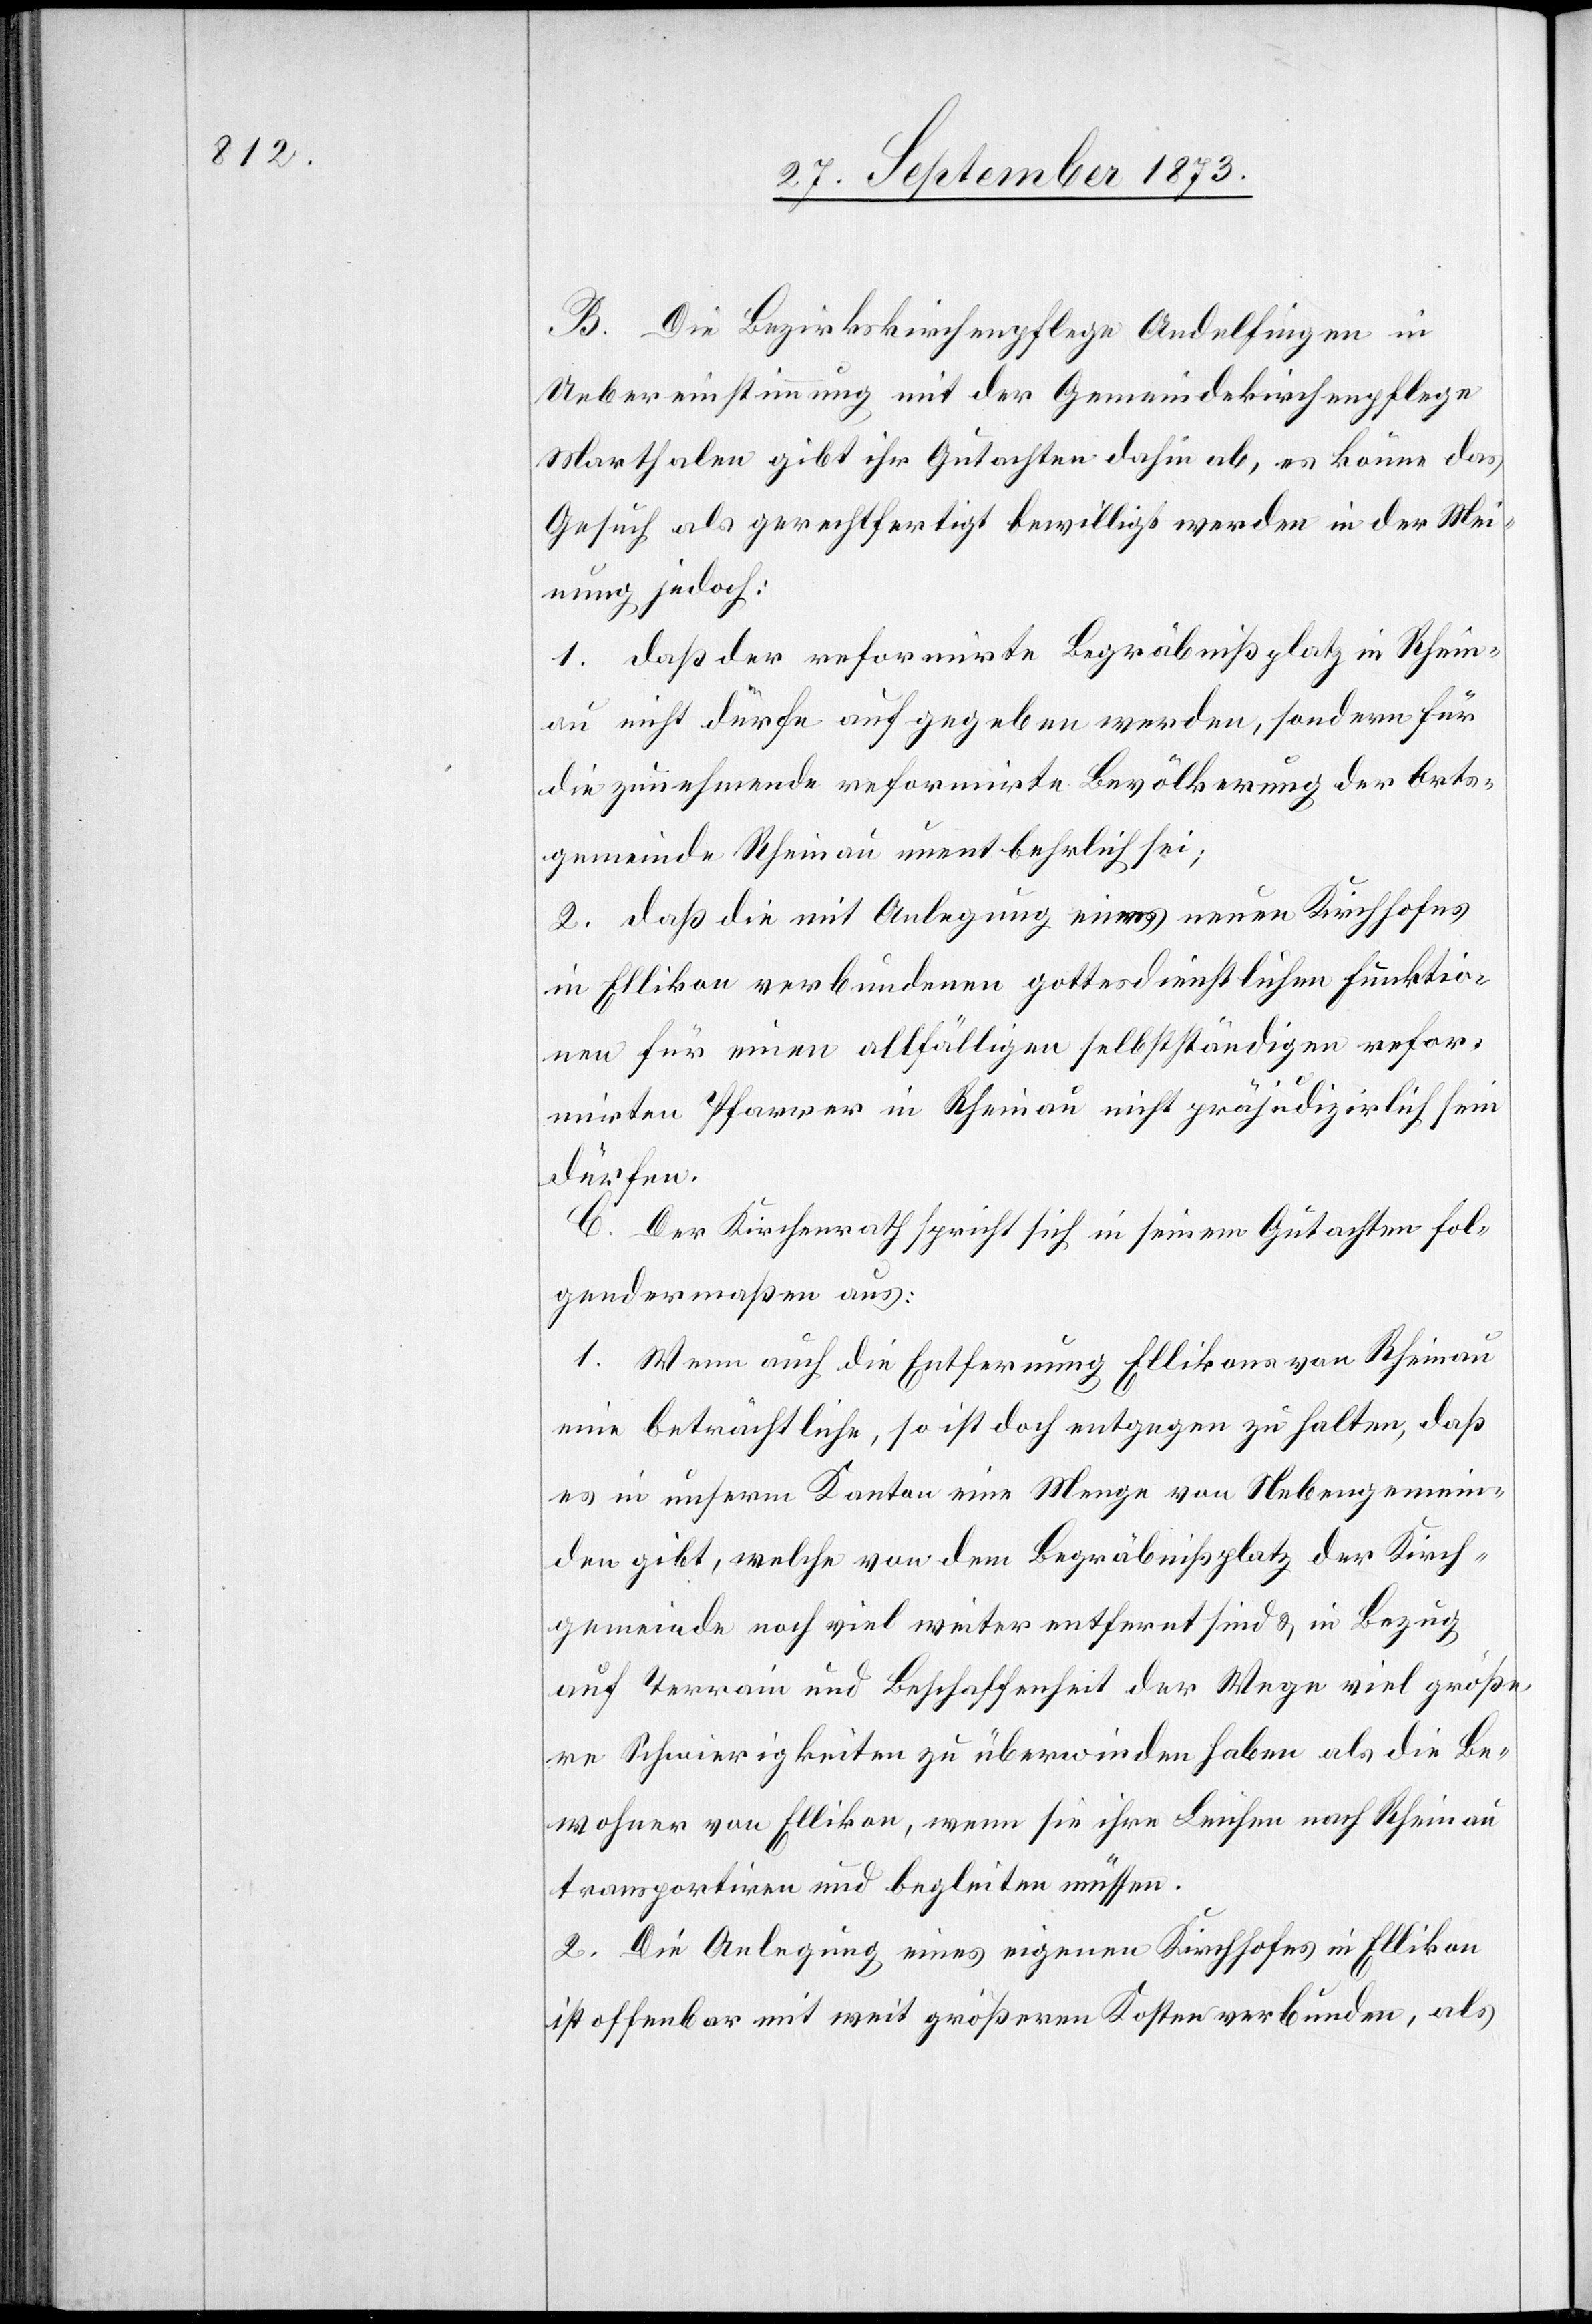
B. Die Bezirkskirchenpflege Andelfingen in
Uebereinstimmung mit der Gemeindskirchenpflege
Marthalen gibt ihr Gutachten dahin ab, es könne das
Gesuch als gerechtfertigt bewilligt werden in der Mei¬
nung jedoch:
1. daß der reformirte Begräbnißplatz in Rhein¬
au nicht dürfe aufgegeben werden, sondern für
die zunehmende reformirte Bevölkerung der Orts¬
gemeinde Rheinau unentbehrlich sei;
2. daß die mit Anlegung eines neuen Kirchhofes
in Ellikon verbundenen gottesdienstlichen Funktio¬
nen für einen allfälligen selbstständigen refor¬
mirten Pfarrer in Rheinau nicht präjudizirlich sein
dürfen.
C. Der Kirchenrath spricht sich in seinem Gutachten fol¬
gendermaßen aus:
1. Wenn auch die Entfernung Ellikons von Rheinau
eine beträchtliche, so ist doch entgegen zu halten, daß
es in unserm Kanton eine Menge von Nebengemein¬
den gibt, welche von dem Begräbnißplatz der Kirch¬
gemeinde noch viel weiter entfernt sind & in Bezug
auf Terrain und Beschaffenheit der Wege viel größe¬
re Schwierigkeiten zu überwinden haben als die Be¬
wohner von Ellikon, wenn sie ihre Leichen nach Rheinau
transportiren und begleiten müssen.
2. Die Anlegung eines eigenen Kirchhofes in Ellikon
ist offenbar mit weit größeren Kosten verbunden, als